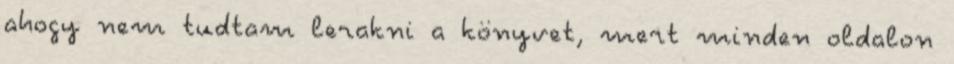
ahogy nem tudtam lerakni a könyvet, mert minden oldalon